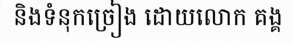
និងទំនុកច្រៀង ដោយលោក គង្គ